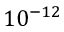
1 0 ^ { - 1 2 }